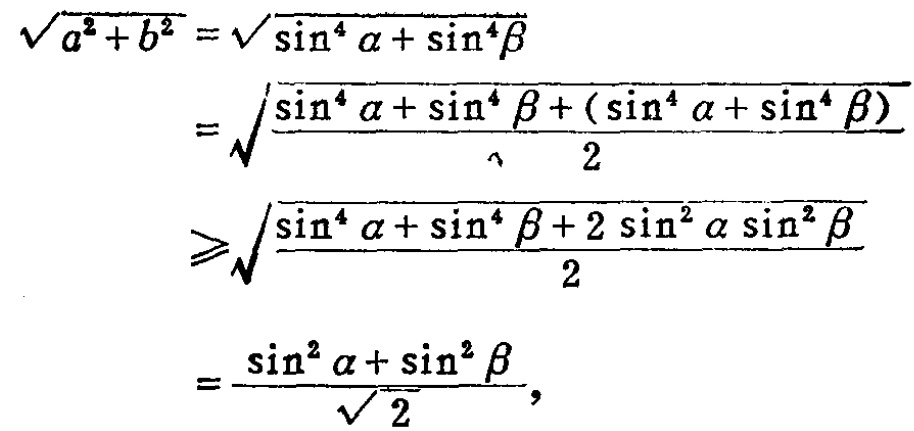
\[\begin{align*}
\sqrt{a^{2}+b^{2}}&=\sqrt{\sin^{4}\alpha+\sin^{4}\beta}\\
&=\sqrt{\frac{\sin^{4}\alpha+\sin^{4}\beta+(\sin^{4}\alpha+\sin^{4}\beta)}{2}}\\
&\geqslant\sqrt{\frac{\sin^{4}\alpha+\sin^{4}\beta + 2\sin^{2}\alpha\sin^{2}\beta}{2}}\\
&=\frac{\sin^{2}\alpha+\sin^{2}\beta}{\sqrt{2}},
\end{align*}\]